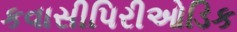
કવાસીપિરીઓડિક